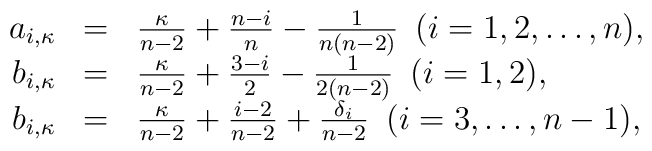
\begin{array}{rcl}a_{i,\kappa}&=&\frac{\kappa}{n-2}+\frac{n-i}{n}-\frac{1}{n(n-2)}\,\,\, (i=1,2,\dots,n),\\b_{i,\kappa}&=&\frac{\kappa}{n-2}+\frac{3-i}{2}-\frac{1}{2(n-2)}\,\,\, (i=1,2),\\b_{i,\kappa}&=&\frac{\kappa}{n-2}+\frac{i-2}{n-2}+\frac{\delta_{i}}{n-2}\,\,\, (i=3,\dots,n-1),\end{array}